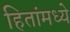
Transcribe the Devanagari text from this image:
हितांमध्ये